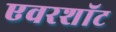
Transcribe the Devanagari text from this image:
एवरशॉट